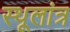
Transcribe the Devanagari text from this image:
स्‍थूलांत्र